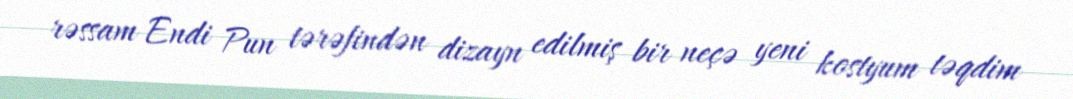
rəssam Endi Pun tərəfindən dizayn edilmiş bir neçə yeni kostyum təqdim